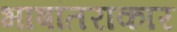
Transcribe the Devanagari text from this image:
भाषांतराकार